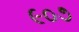
૯૦૭